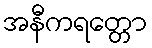
အနီကရတ္တော